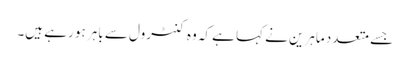
جسے متعدد ماہرین نے کہا ہے کہ وہ کنٹرول سے باہر ہو رہے ہیں۔